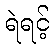
ရဲရင့်